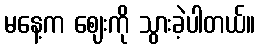
မနေ့က ဈေးကို သွားခဲ့ပါတယ်။